King Institute of Preventive Medicine Micro-Biological Section reports 1912-19
Year: 1912
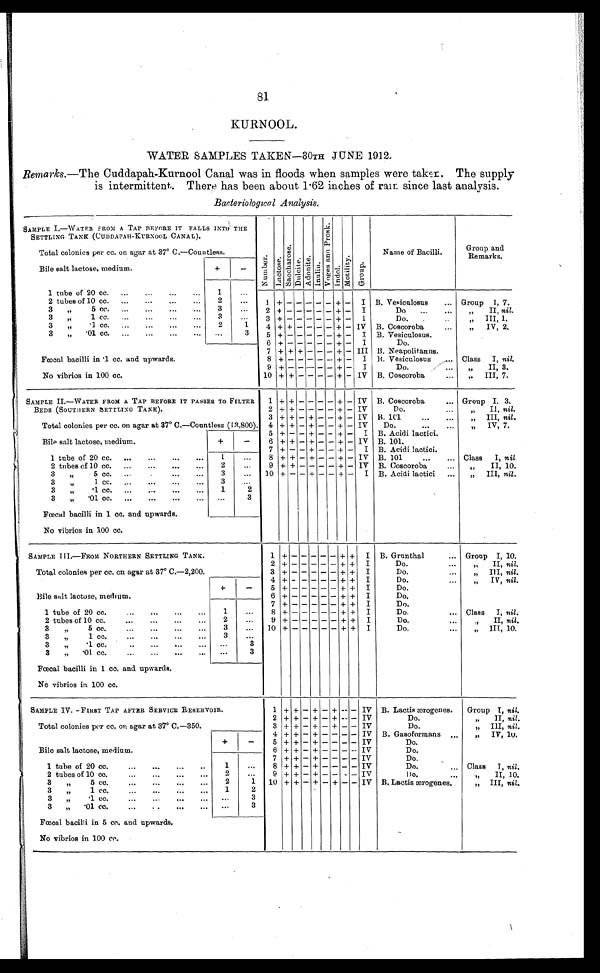
81
KURNOOL.
WATER SAMPLES TAKEN—30TH JUNE 1912.
Remarks.—The Cuddapah-Kurnool Canal was in floods when samples were taken. The supply
is intermittent. There has been about 1.62 inches of rain since last analysis.
Bacteriological Analysis.
SAMPLE I.—WATER FROM A TAP BEFORE IT FALLS INTO THE
SETTLING TANK (CUDDAPAH-KURNOOL CANAL).
N u m b e r . L a c t o s e .
S a c c h a r o s e .
D u l c i t e .
A d o n i t e .
I n d i n e .
V o g e s a n d P r o s k .
I n d o l .
Mot i l i t y.
Gr oup.
Total colonies per cc. on agar at 37° C.—Countless.
Name of Bacilli.
Group and
Remarks.
Bile salt lactose, medium.
+
-
1 tube of 20 cc.
...
...
...
...
1
...
2 tubes of 10 cc.
...
...
...
...
2
...
1 +
- - - - - + - I B. Vesiculosus
Group 1, 7.
3
„
5 cc.
...
...
...
...
3
... •
2 +
- - - - - + - I
Do
II, nil.
3
„
1 cc.
...
...
...
...
3
...
3 + - - - - - + -
I
D Do.
„
III, 1.
3 „
1
4 + + - - - - + - IV B.
.
..
Coscoroba
„
IV, 2.
75
3
„
.01 cc.
...
...
...
...
...
3
5 +
- - - - + - I B. Vesiculosus.
„
6 +
- - - + +
- I
Do.
7 + + + - - - ± - III B. Neapolitanus.
Fœcal bacilli in .1 cc. and upwards.
8 + - - - - - + - I
B. Vesiculosus
. Class
I, nil.
9 + - -
- - + - I
Do.
...
„
II, 3.
No vibrios in 100 cc.
10 + + - - - - + - IV B. Coscoroba
...
,,
III, 7.
SAMPLE II.—WATER FROM A TAP BEFORE IT PASSES TO FILTER
BEDS (SOUTHERN SETTLING TANK).
1 + + - - - - + - IV B. Coscoroba
... Group I, 3.
2 + + - - - - + - IV
Do.
...
„
II, nil.
3
+ + - + - - +
- IV B. 1C1
...
...
III, nil.
Total colonies per cc. on agar at 37° C.—Countless (13,800). 4 + + - + - - + - IV
Do.
...
...
„
„
IV, 7.
5
+
+- - + - - + - I B. Acidi lactici.
Bile salt lactose, medium.
+
-
6 + + - + - - + - IV B. 101.
7
+ - - + - - + - I B. Acidi lactici.
1 tube of 20 cc.
...
...
...
...
1
•••
8 + + - + - - + - IV B. 101
...
... Class
I, nil
2 tubes of 10 cc.
...
...
._
...
2
...
9 + + - - - - + - IV B. Coscoroba
II, 10.
3
„
5 cc.
...
.
...
...
3
...
10 +
- + - - + - I B. Acidi lactici
...
„
III, nil .
3
1 c c .
. . .
. . .
. . .
. . .
3
3
„ . 1 c c
2
3
„
. 0 1 c c .
. . .
. . .
. . .
. . .
...
3
Fœcal bacilli in 1 cc. and upwards.
No vibrios in 100 cc.
SAMPLE III .—FROM NORTHERN SETTLING TANK.
1
+
-
- - - -
+ +
I B. Grunthal
... Group I, 10.
2 + -
- - - - + + I
Do.
II, nil.
Total colonies per cc. on agar at 37° C.—2,200.
3 + -
- - - - + + I
Do.
„
„
III, nil.
4
+ -
- - - - + + I
Do.
IV, nil .
+
-
5 + -
- - - -
+ + I
Do.
„
Bile salt lactose, medium.
6 + -
- - - -
+ +
I
Do.
7 +
-
- - - -
-
+
I
Do.
1 tube of 20 cc.
•••
•••
•••
1
...
8 + -
- - - - + + I
Do.
... Class
I, nil.
2 tubes of 10 cc.
2
...
9 + -
- - - -
+ + I
Do.
...
.,
II, nil.
3
„
5 cc.
...
...
...
...
3
...
10 + -
- - - -
+ +
I
Do.
...
„ III, 10.
3
„
1
cc.
•••
•••
•••
•••
3
...
3
„
.1 cc.
..
...
...
...
. . .
3
3
„
.01 cc.
...
...
...
...
. . .
3
Fœcal bacilli in 1 cc. and upwards.
No vibrios in 100 cc.
SAMPLE IV. —FIRST TAP AFTER SERVICE RESERVOIR.
1 + + - + - + - -
IV B. Lactis ærogenes.
Group I, nil.
2 + + - + - + - - IV
Do.
„
II, nil.
Total colonies per cc. on agar at 37° C.—350.
3 + + - + - + - - IV
Do.
,, Ill, nil.
4 + + - + - - - - IV B. Gasoformans
„
IV, 10.
+
-
5
+ + -
- - -
IV
...
Do.
Bile salt lactose, medium.
6 + +
+ - + - - - - IV
Do.
7 + +
+ - + - - - - IV
Do.
1 tube of 20 cc.
...
...
...
1
. . .
8 + + - + - - - - IV
Do.
... Class
I, nil.
2 tubes of 10 cc.
...
...
..
•..
2
...
9 + +
- + - - - - IV
Do.
„
II, 10.
3
„ 5
cc.
...
...
...
. . .
2
1
10 + + + - + - + - - IV B. Lactis ærogenes.
„ III, nil.
3
„
1 cc.
...
...
...
. . .
1
2
3
„
.1 cc.
...
...
...
...
...
3
3 „ . 01 cc.
3
Fœcal bacilli in 5 cc. and upwards.
No vibrios in 100 cc.